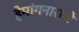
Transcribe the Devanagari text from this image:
हेमांगनाराजे